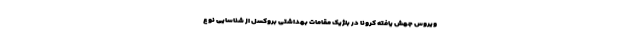
ویروس جهش یافته کرونا در بلژیک مقامات بهداشتی بروکسل از شناسایی نوع